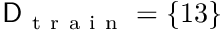
\mathsf { D } _ { \mathrm { ~ t ~ r ~ a ~ i ~ n ~ } } = \{ 1 3 \}